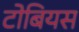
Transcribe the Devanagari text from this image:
टोबियस